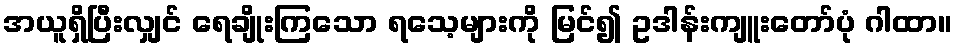
အယူရှိပြီးလျှင် ရေချိုးကြသော ရသေ့များကို မြင်၍ ဥဒါန်းကျူးတော်ပုံ ဂါထာ။